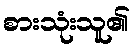
စားသုံးသူ၏